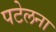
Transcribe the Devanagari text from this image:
पटेलना